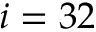
i = 3 2